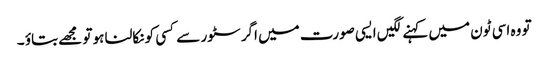
تو وہ اسی ٹون میں کہنے لگیں ایسی صورت میں اگر سٹور سے کسی کو نکالنا ہو تو مجھے بتاؤ ۔